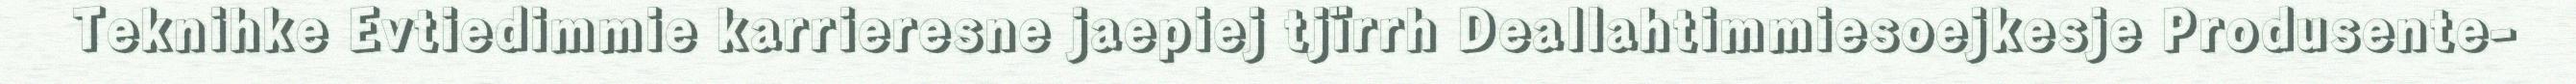
Teknihke Evtiedimmie karrieresne jaepiej tjïrrh Deallahtimmiesoejkesje Produsente-